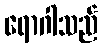
ရောဂါသည်